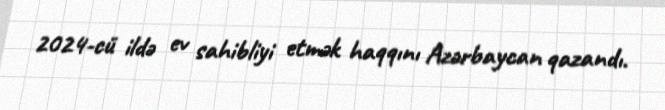
2024-cü ildə ev sahibliyi etmək haqqını Azərbaycan qazandı.